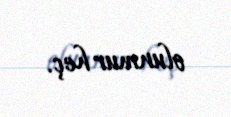
olunmur heç.